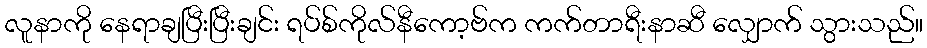
လူနာကို နေရာချပြီးပြီးချင်း ရပ်စ်ကိုလ်နီကော့ဗ်က ကက်တာရီးနာဆီ လျှောက် သွားသည်။